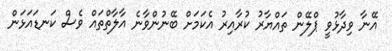
އޭނާ ވިދާޅުވީ ޕްލޭން ތައްޔާރު ކުރާއިރު އެކަމަށް ބޭނުންވާނެ އާލާތްތައް ވެސް ކަނޑައަޅަން